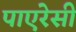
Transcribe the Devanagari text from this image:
पाएरेसी